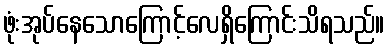
ဖုံးအုပ်နေသောကြောင့်လေရှိကြောင်းသိရသည်။